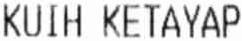
KUIH KETAYAP